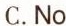
C.No